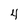
Character: 4